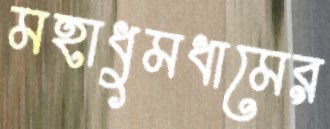
মহাধুমধামের